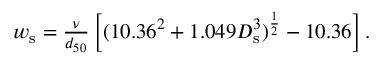
\begin{array} { r } { w _ { \mathrm { s } } = \frac { \nu } { d _ { 5 0 } } \left[ ( 1 0 . 3 6 ^ { 2 } + 1 . 0 4 9 D _ { \mathrm { s } } ^ { 3 } ) ^ { \frac { 1 } { 2 } } - 1 0 . 3 6 \right] . } \end{array}